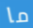
ما